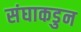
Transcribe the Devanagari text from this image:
संघाकडुन